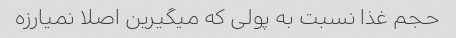
حجم غذا نسبت به پولی که میگیرین اصلا نمیارزه